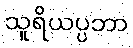
သူရိယပ္ပဘာ